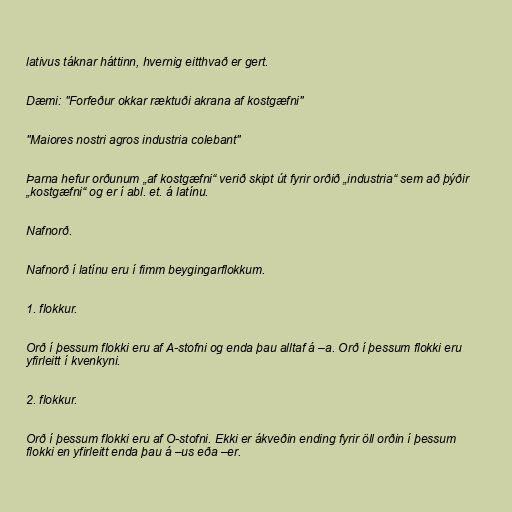
lativus táknar háttinn, hvernig eitthvað er gert.

Dæmi: "Forfeður okkar ræktuði akrana af kostgæfni"

"Maiores nostri agros industria colebant"

Þarna hefur orðunum „af kostgæfni“ verið skipt út fyrir orðið „industria“ sem að þýðir
„kostgæfni“ og er í abl. et. á latínu.

Nafnorð.

Nafnorð í latínu eru í fimm beygingarflokkum.

1. flokkur.

Orð í þessum flokki eru af A-stofni og enda þau alltaf á –a. Orð í þessum flokki eru
yfirleitt í kvenkyni.

2. flokkur.

Orð í þessum flokki eru af O-stofni. Ekki er ákveðin ending fyrir öll orðin í þessum
flokki en yfirleitt enda þau á –us eða –er.